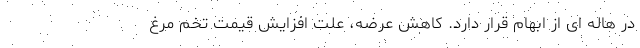
در هاله ای از ابهام قرار دارد. کاهش عرضه، علت افزایش قیمت تخم مرغ